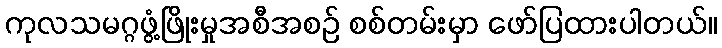
ကုလသမဂ္ဂဖွံ့ဖြိုးမှုအစီအစဉ် စစ်တမ်းမှာ ဖော်ပြထားပါတယ်။